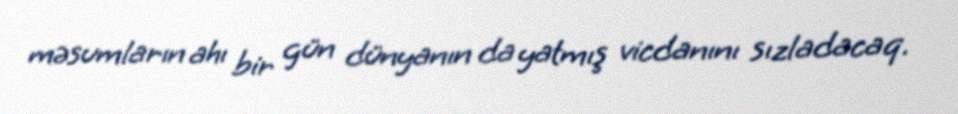
məsumların ahı bir gün dünyanın da yatmış vicdanını sızladacaq.